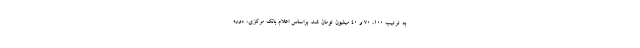
به ترتیب ۱۰۰، ۷۰ و ۴۰ میلیون تومان شد. براساس اعلام بانک مرکزی، دوره